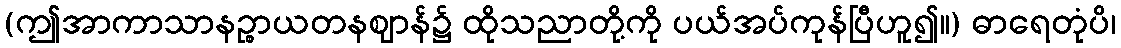
(ဤအာကာသာနဉ္စာယတနဈာန်၌ ထိုသညာတို့ကို ပယ်အပ်ကုန်ပြီဟူ၍။) ဓာရေတုံပိ၊